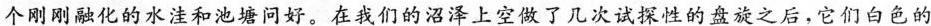
个刚刚融化的水洼和池塘问好。在我们的沼泽上空做了几次试探性的盘旋之后，它们白色的